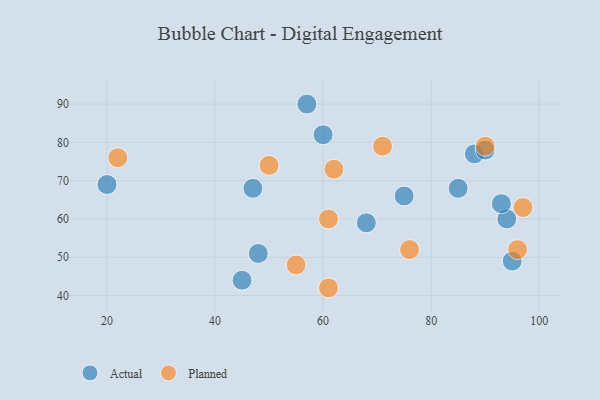
{"axis": {"x": "GDP", "y": "Life Expectancy"}, "legend": ["Actual", "Planned"], "data": [{"x": "68", "y": 59, "type": "Actual"}, {"x": "88", "y": 77, "type": "Actual"}, {"x": "75", "y": 66, "type": "Actual"}, {"x": "57", "y": 90, "type": "Actual"}, {"x": "47", "y": 68, "type": "Actual"}, {"x": "94", "y": 60, "type": "Actual"}, {"x": "48", "y": 51, "type": "Actual"}, {"x": "85", "y": 68, "type": "Actual"}, {"x": "60", "y": 82, "type": "Actual"}, {"x": "95", "y": 49, "type": "Actual"}, {"x": "45", "y": 44, "type": "Actual"}, {"x": "20", "y": 69, "type": "Actual"}, {"x": "93", "y": 64, "type": "Actual"}, {"x": "90", "y": 78, "type": "Actual"}, {"x": "50", "y": 74, "type": "Planned"}, {"x": "61", "y": 42, "type": "Planned"}, {"x": "76", "y": 52, "type": "Planned"}, {"x": "55", "y": 48, "type": "Planned"}, {"x": "22", "y": 76, "type": "Planned"}, {"x": "71", "y": 79, "type": "Planned"}, {"x": "90", "y": 79, "type": "Planned"}, {"x": "61", "y": 60, "type": "Planned"}, {"x": "96", "y": 52, "type": "Planned"}, {"x": "62", "y": 73, "type": "Planned"}, {"x": "97", "y": 63, "type": "Planned"}]}